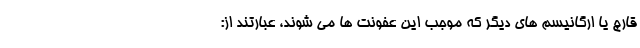
قارچ یا ارگانیسم های دیگر که موجب این عفونت ها می شوند، عبارتند از: